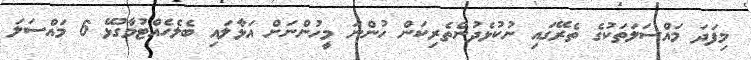
މިފަދަ މައްސަލަތަކުގެ ތެރޭގައި ނުކުޅެދުންތެރިކަން ހުންނަ މީހުންނަށް އަޅާލައި ބެލެހެއްޓުމާގުޅޭ 6 މައްސަލަ